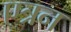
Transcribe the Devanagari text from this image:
एत्रन